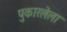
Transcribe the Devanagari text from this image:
पुकारलेला